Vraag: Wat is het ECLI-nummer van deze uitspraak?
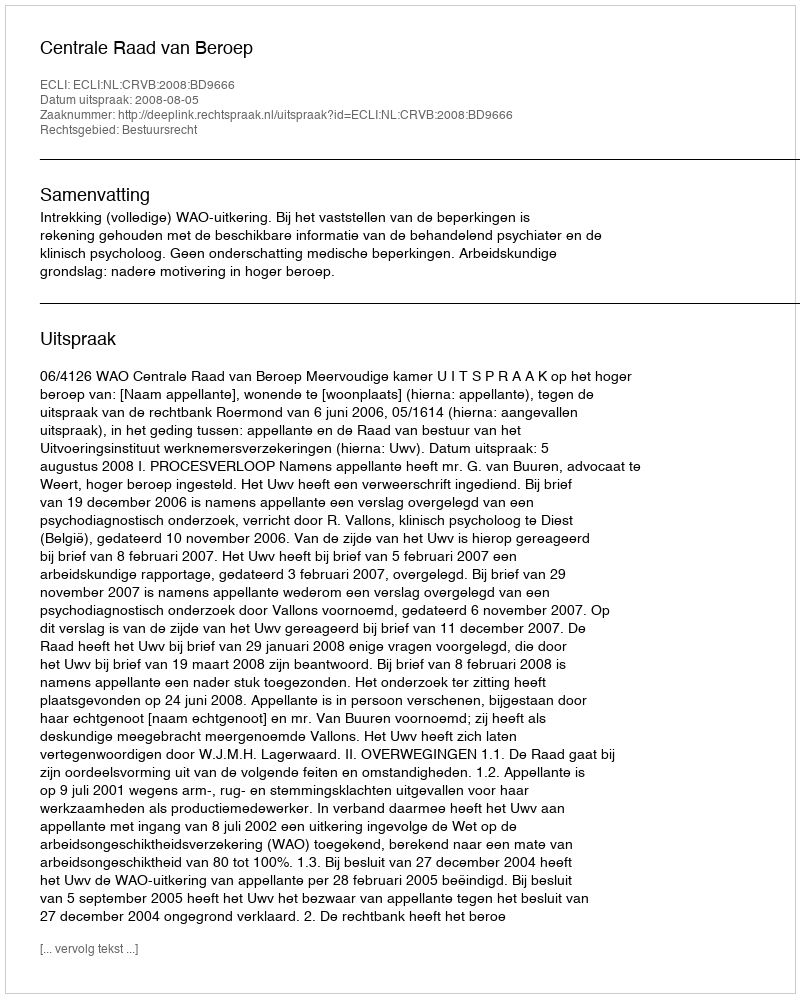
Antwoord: ECLI:NL:CRVB:2008:BD9666